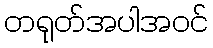
တရုတ်အပါအဝင်